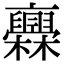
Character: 𣡥